Annual report on the working of the mental hospitals in the Madras Presidency - 1912-1932
Year: 1912
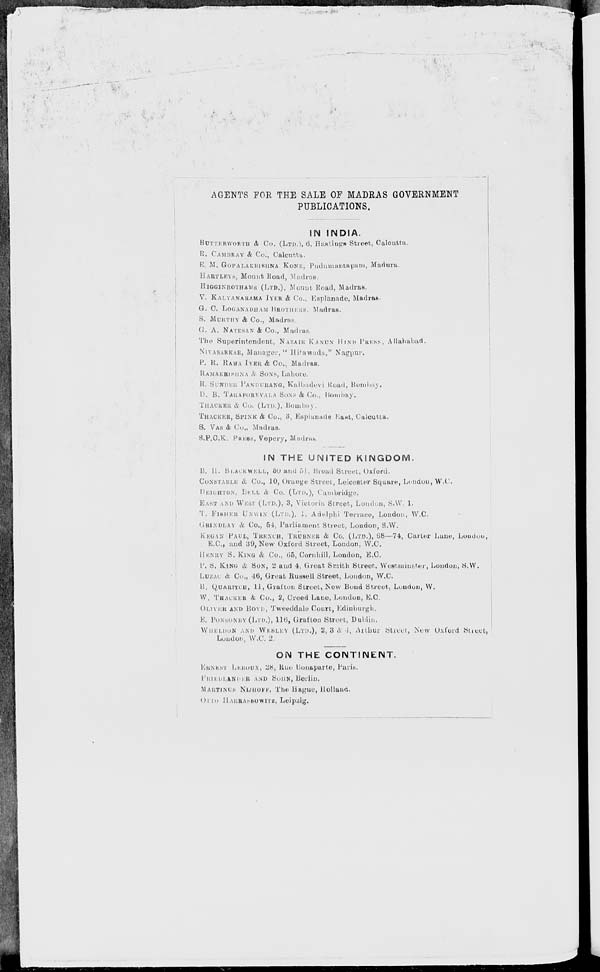
AGENTS FOR THE SALE OF MADRAS GOVERNMENT
PUBLICATIONS.
IN INDIA.
BUTTERWORTH & Co. (LTD.), 6, Hastings Street, Calcutta.
R. CAMBRAY & Co., Calcutta.
E. M. GOPALAKRISHNA KONE, Pudumantapam, Madura.
HARTLEYS, Mount Road, Madras.
HIGGINBOTHAMS (LTD.), Mount Road, Madras.
V. KALYANARAMA IYER & Co., Esplanade, Madras.
G. C. LOGANADHAM BROTHERS, Madras.
S. MURTHY & Co., Madras.
G. A. NATESAN & Co., Madras.
The Superintendent, NAZAIR KANUN HIND PRESS, Allahabad.
NIVASARKAR, Manager, " Hitawada," Nagpur.
P. R. RAMA IYER & Co., Madras.
RAMAKRISHNA & SONS, Lahore.
R. SUNDER PANDURANG, Kalbadevi Road, Bombay.
D.
B. TARAPOREVALA SONS & Co.,
Bombay.
THACKER & Co. (LTD.), Bombay.
THACKER, SPINK & Co., 3, Esplanade East, Calcutta.
S. VAS & Co., Madras.
S.P.C.K. PRESS, Vepery, Madras.
IN THE UNITED KINGDOM.
B. H. BLACKWELL, 50 and 51, Broad Street, Oxford.
CONSTABLE & Co., 10, Orange Street, Leicester Square, London, W.C.
DEIGHTON, BELL & Co. (LTD.), Cambridge.
EAST AND WEST (LTD.), 3, Victoria Street, London, S.W. 1.
T. FISHER UNWIN (LTD.), 1, Adelphi Terrace, London. W.C.
GRINDLAY & Co., 54, Parliament Street, London, S.W.
KEGAN PAUL, TRENCH, TRUBNER & Co. (LTD.), 68— 74, Carter Lane, London,
E.C., and 39, New Oxford Street, London, W.C.
HENRY S. KING & Co., 65, Cornhill, London, E.C.
P. S. KING & SON, 2 and 4, Great Smith Street, Westminster, London, S.W.
LUZAC & Co., 16, Great Russell Street, London, W.C.
B. QUARITCH, 11, Grafton Street, New Bond Street, London, W.
W. THACKER & Co., 2, Creed Lane, Loudon, E.C.
OLIVER AND BOYD, Tweeddale Court, Edinburgh.
K. PONSONBY (LTD.), 116, Grafton Street, Dublin.
WHELDON AND WESLEY (LTD.), 2, 3 & 4, Arthur Street, New Oxford Street,
London, W.C.2.
ON THE CONTINENT.
EARNEST LEROUX, 28, Rue Bonaparte, Paris.
FRIEDLANDER AND SOHN, Berlin.
MARTINUS NIJHOFF, The Hague, Holland.
OTTO HARRASSOWITZ, Leipzig.